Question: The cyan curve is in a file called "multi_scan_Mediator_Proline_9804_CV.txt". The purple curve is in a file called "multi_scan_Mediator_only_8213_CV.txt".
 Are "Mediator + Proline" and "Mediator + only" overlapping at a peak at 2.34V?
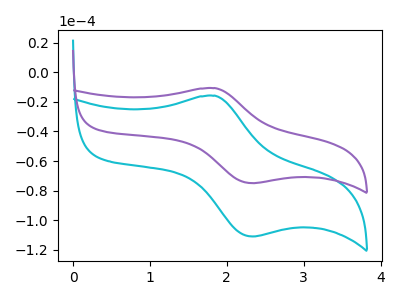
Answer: <think>The cyan curve "Mediator + Proline" has an anodic peak at (1.85V, -15.85uA) and a cathodic peak at (2.35V, -111.00uA). The purple curve "Mediator + only" has an anodic peak at (1.85V, -10.70uA) and a cathodic peak at (2.35V, -74.95uA).</think>
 <answer>Yes, "Mediator + Proline" and "Mediator + only" share a peak at 2.34V.</answer>
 <eval>match</eval>